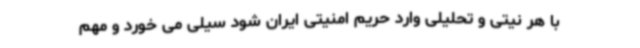
با هر نیتی و تحلیلی وارد حریم امنیتی ایران شود سیلی می خورد و مهم